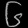
Digit: ၆